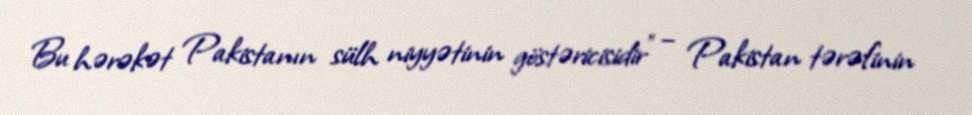
Bu hərəkət Pakistanın sülh niyyətinin göstəricisidir” – Pakistan tərəfinin